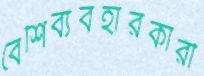
বেশিব্যবহারকারী